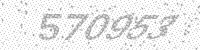
Solution: 570953